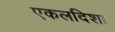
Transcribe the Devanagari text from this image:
एकलदिशा